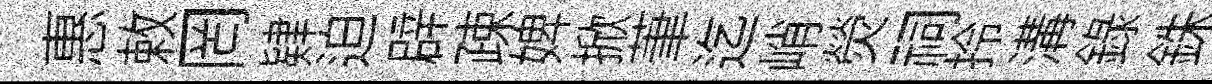
惠敕罔肄迫辟疎婢掀茟迄峭熒祠拎溝錄銖